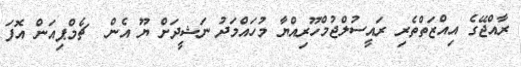
ރާއްޖޭގެ އިއްޒަތްތެރި ރައީސުލްޖުމްހޫރިއްޔާ މުހައްމަދު ނަޝީދަށް ޔޫ އެން  ޗެމްޕިއަން އޮފަ